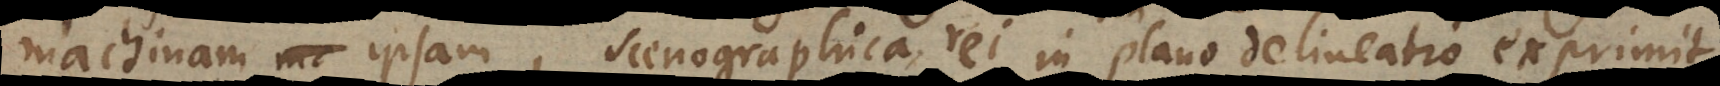
machinam ipsam, scenographica rei in plano delineatio exprimit